Lunatic asylums United Provinces 1909-1921 - 1909-1921
Year: 1909
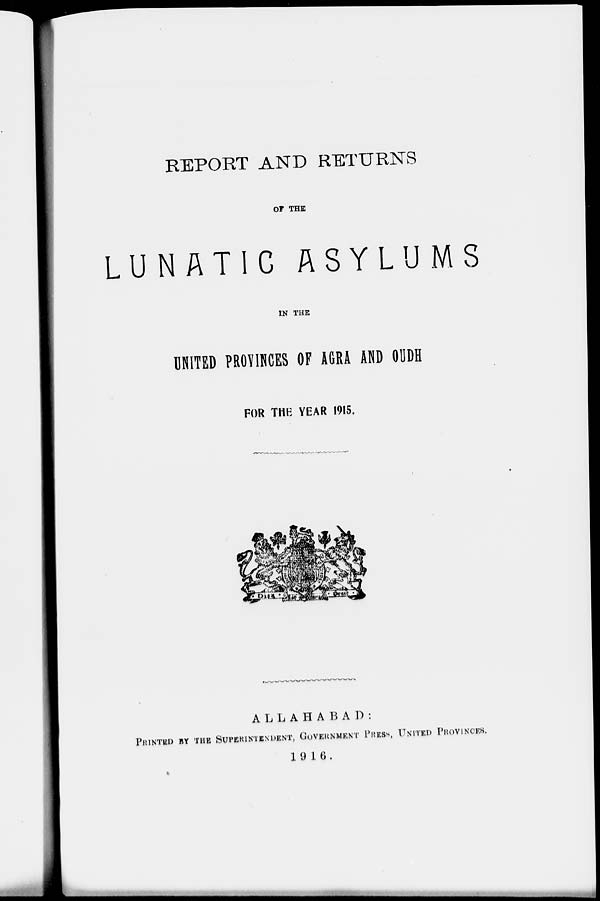
REPORT AND RETURNS
OF THE
LUNATIC ASYLUMS
IN THE
UNITED PROVINCES OF AGRA AND OUDH
FOR THE YEAR 1915.
ALLAHABAD :
PRINTED BY THE SUPERINTENDENT, GOVERNMENT PRESS, UNITED PROVINCES.
1916.